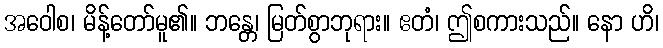
အဝေါစ၊ မိန့်တော်မူ၏။ ဘန္တေ၊ မြတ်စွာဘုရား။ ဧတံ၊ ဤစကားသည်။ နော ဟိ၊